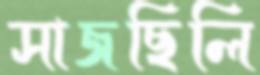
সাজছিলি